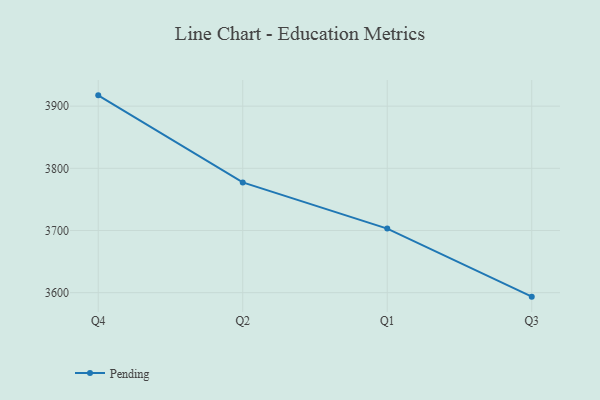
{"axis": {"x": "Quarter", "y": "Humidity (%)"}, "legend": ["Pending"], "data": [{"x": "Q4", "y": 3917.4, "type": "Pending"}, {"x": "Q2", "y": 3777.4, "type": "Pending"}, {"x": "Q1", "y": 3703.1, "type": "Pending"}, {"x": "Q3", "y": 3593.6, "type": "Pending"}]}